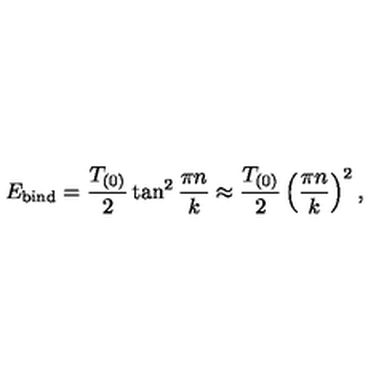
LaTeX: E _ { \mathrm { b i n d } } = { \frac { T _ { ( 0 ) } } { 2 } } \tan ^ { 2 } { \frac { \pi n } { k } } \approx { \frac { T _ { ( 0 ) } } { 2 } } \left( { \frac { \pi n } { k } } \right) ^ { 2 } ,